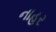
નાહર